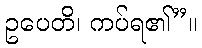
ဥပေတိ၊ ကပ်ရ၏”။